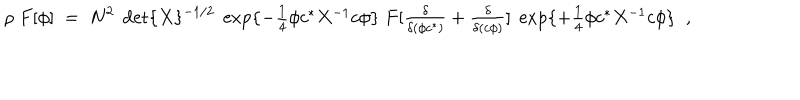
LaTeX: \rho \; F [ \phi ] \; = \; N ^ { 2 } \; \det \{ X \} ^ { - 1 / 2 } \; \exp \{ - \textstyle { \frac { 1 } { 4 } } \phi c ^ { \ast } X ^ { - 1 } c \phi \} \; F [ \frac { \delta } { \delta ( \phi c ^ { \ast } ) } + \frac { \delta } { \delta ( c \phi ) } ] \; \exp \{ + \textstyle { \frac { 1 } { 4 } } \phi c ^ { \ast } X ^ { - 1 } c \phi \} \; \; ,